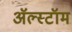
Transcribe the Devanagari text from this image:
ॲल्स्टॉम